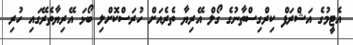
އެޓީމުގެ އަޝްރަފް ކިރްގިސްތާނުގެ ގޯލް އޭރިޔާ ތެރެއަށް ހުރަސްކޮށްލި ބޯޅަ އޭރިޔާތެރޭގައި ހުރި